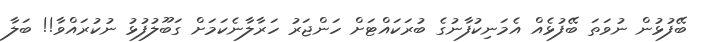
ބޭފުޅުން ނުވަތަ ބޭފުޅެއް އެމަނިކުފާނުގެ ބުރަކައްޓަށް ހަންޖަރު ހަރާލާނެކަމަށް ގަބޫލުފުޅު ނުކުރައްވާ!! ބަލާ